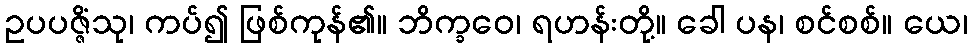
ဥပပဇ္ဇိံသု၊ ကပ်၍ ဖြစ်ကုန်၏။ ဘိက္ခဝေ၊ ရဟန်းတို့။ ခေါ ပန၊ စင်စစ်။ ယေ၊